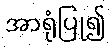
အာရုံပြု၍